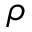
\rho